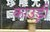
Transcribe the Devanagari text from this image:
काउड्री